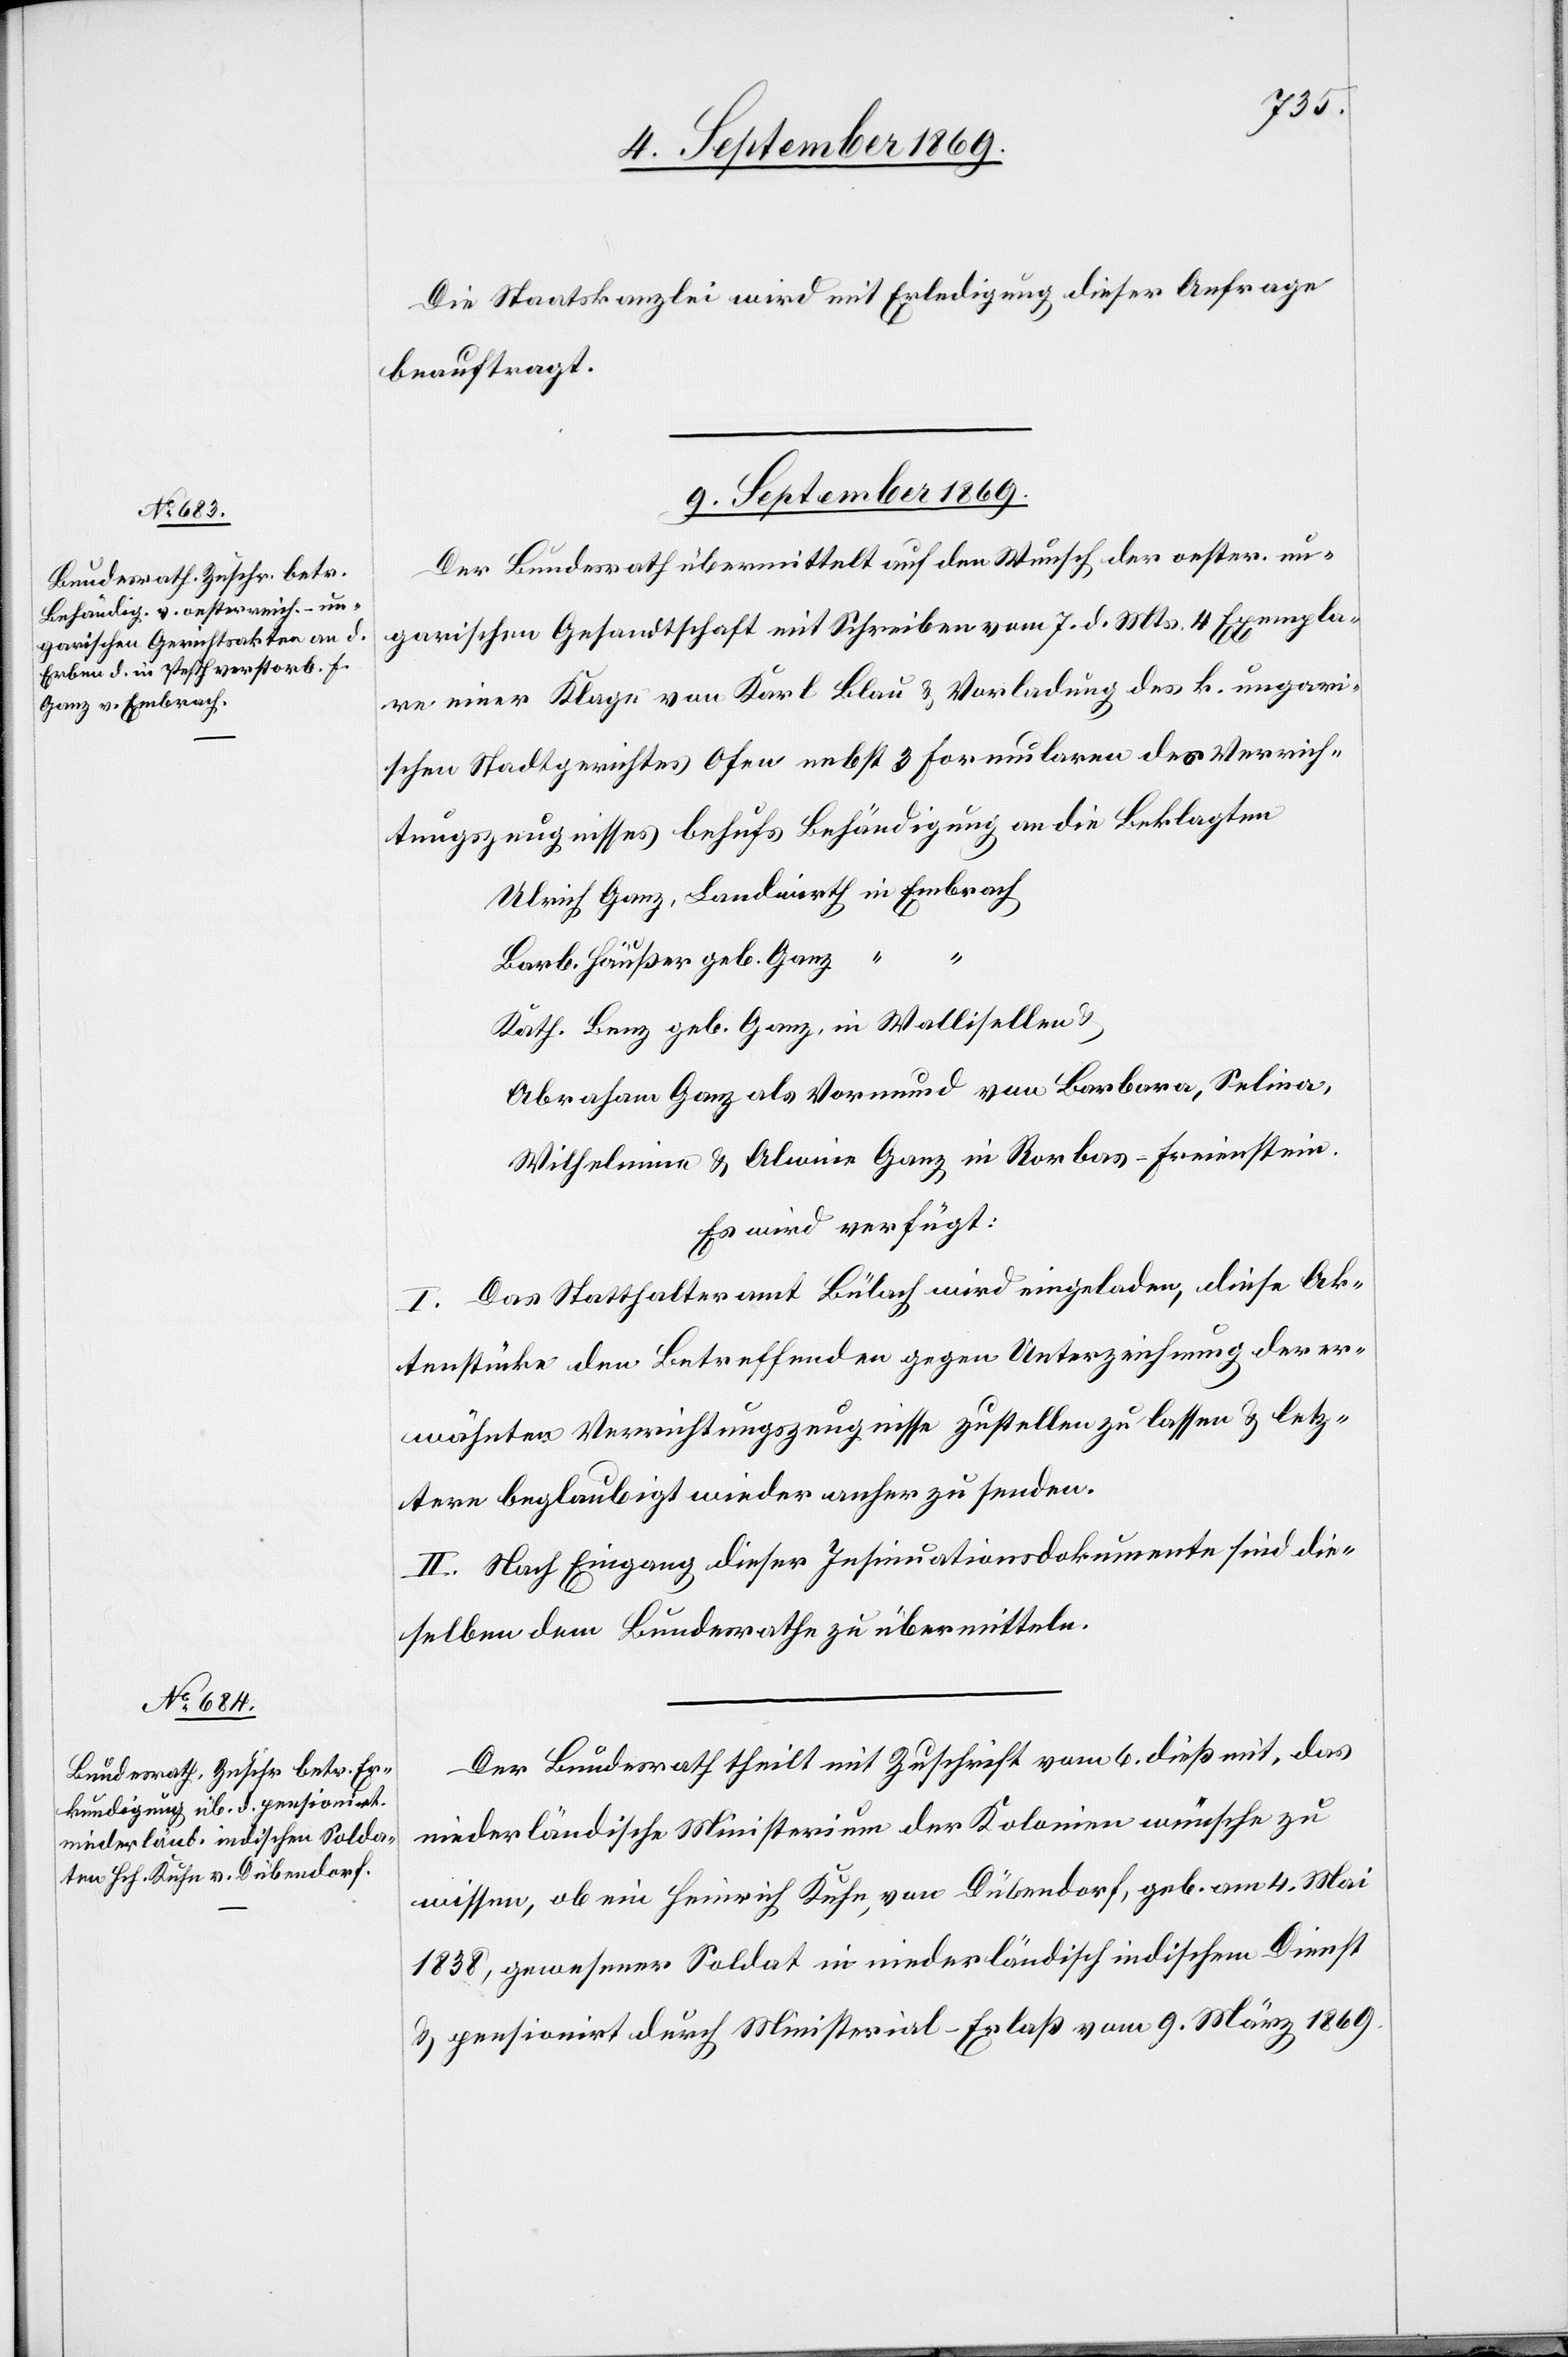
Die Staatskanzlei wird mit Erledigung dieser Anfrage
beauftragt.
9. September 1869.]
Der Bundesrath übermittelt auf den Wunsch der oester. un¬
garischen Gesandtschaft mit Schreiben vom 7. d. Mts. 4 Exempla¬
re einer Klage von Karl Blau & Vorladung des k. ungari¬
schen Stadtgerichtes Ofen nebst 3 Formularen des Verrich¬
tungszeugnisses behufs Behändigung an die Beklagten
Ulrich Ganz, Landwirth in Embrach
Barb. Häußer geb. Ganz
Kath. Benz geb. Ganz, in Wallisellen &
Abraham Ganz als Vormund von Barbara, Selina,
Wilhelmine & Alwine Ganz in Rorbas-Freienstein.
Es wird verfügt:
I. Das Statthalteramt Bülach wird eingeladen, diese Ak¬
tenstücke den Betreffenden gegen Unterzeichnung der er¬
wähnten Verrichtungszeugnisse zustellen zu lassen & letz¬
tere beglaubigt wieder anher zu senden.
II. Nach Eingang dieser Insinuationsdokumente sind die¬
selben dem Bundesrathe zu übermitteln.
Der Bundesrath theilt mit Zuschrift vom 6. dieß mit, das
niederländische Ministerium der Kolonien wünsche zu
wissen, ob ein Heinrich Kuhn, von Dübendorf, geb. am 4. Mai
1838, gewesener Soldat in niederländisch indischem Dienst
& pensionirt durch Ministerial-Erlaß vom 9. März 1869